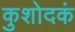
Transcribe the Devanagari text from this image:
कुशोदकं